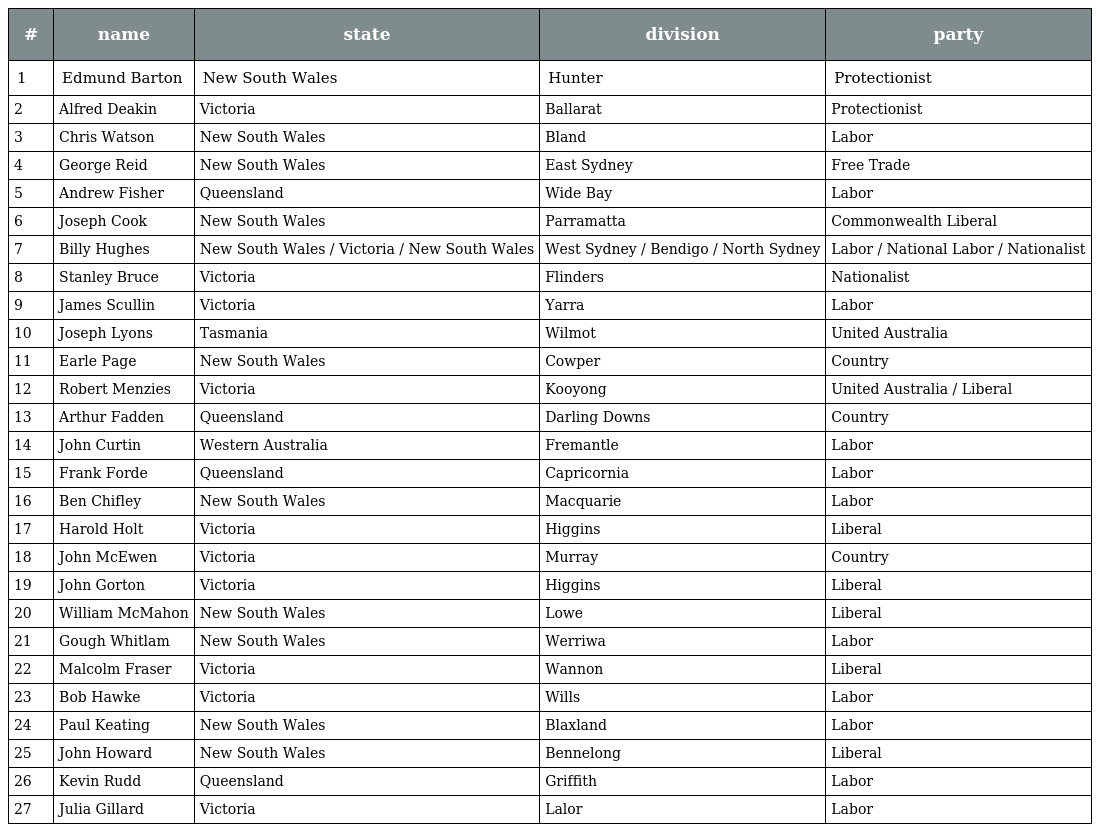
| # | name | state | division | party |
 | --- | --- | --- | --- | --- |
 | 1 | Edmund Barton | New South Wales | Hunter | Protectionist |
 | 2 | Alfred Deakin | Victoria | Ballarat | Protectionist |
 | 3 | Chris Watson | New South Wales | Bland | Labor |
 | 4 | George Reid | New South Wales | East Sydney | Free Trade |
 | 5 | Andrew Fisher | Queensland | Wide Bay | Labor |
 | 6 | Joseph Cook | New South Wales | Parramatta | Commonwealth Liberal |
 | 7 | Billy Hughes | New South Wales / Victoria / New South Wales | West Sydney / Bendigo / North Sydney | Labor / National Labor / Nationalist |
 | 8 | Stanley Bruce | Victoria | Flinders | Nationalist |
 | 9 | James Scullin | Victoria | Yarra | Labor |
 | 10 | Joseph Lyons | Tasmania | Wilmot | United Australia |
 | 11 | Earle Page | New South Wales | Cowper | Country |
 | 12 | Robert Menzies | Victoria | Kooyong | United Australia / Liberal |
 | 13 | Arthur Fadden | Queensland | Darling Downs | Country |
 | 14 | John Curtin | Western Australia | Fremantle | Labor |
 | 15 | Frank Forde | Queensland | Capricornia | Labor |
 | 16 | Ben Chifley | New South Wales | Macquarie | Labor |
 | 17 | Harold Holt | Victoria | Higgins | Liberal |
 | 18 | John McEwen | Victoria | Murray | Country |
 | 19 | John Gorton | Victoria | Higgins | Liberal |
 | 20 | William McMahon | New South Wales | Lowe | Liberal |
 | 21 | Gough Whitlam | New South Wales | Werriwa | Labor |
 | 22 | Malcolm Fraser | Victoria | Wannon | Liberal |
 | 23 | Bob Hawke | Victoria | Wills | Labor |
 | 24 | Paul Keating | New South Wales | Blaxland | Labor |
 | 25 | John Howard | New South Wales | Bennelong | Liberal |
 | 26 | Kevin Rudd | Queensland | Griffith | Labor |
 | 27 | Julia Gillard | Victoria | Lalor | Labor |